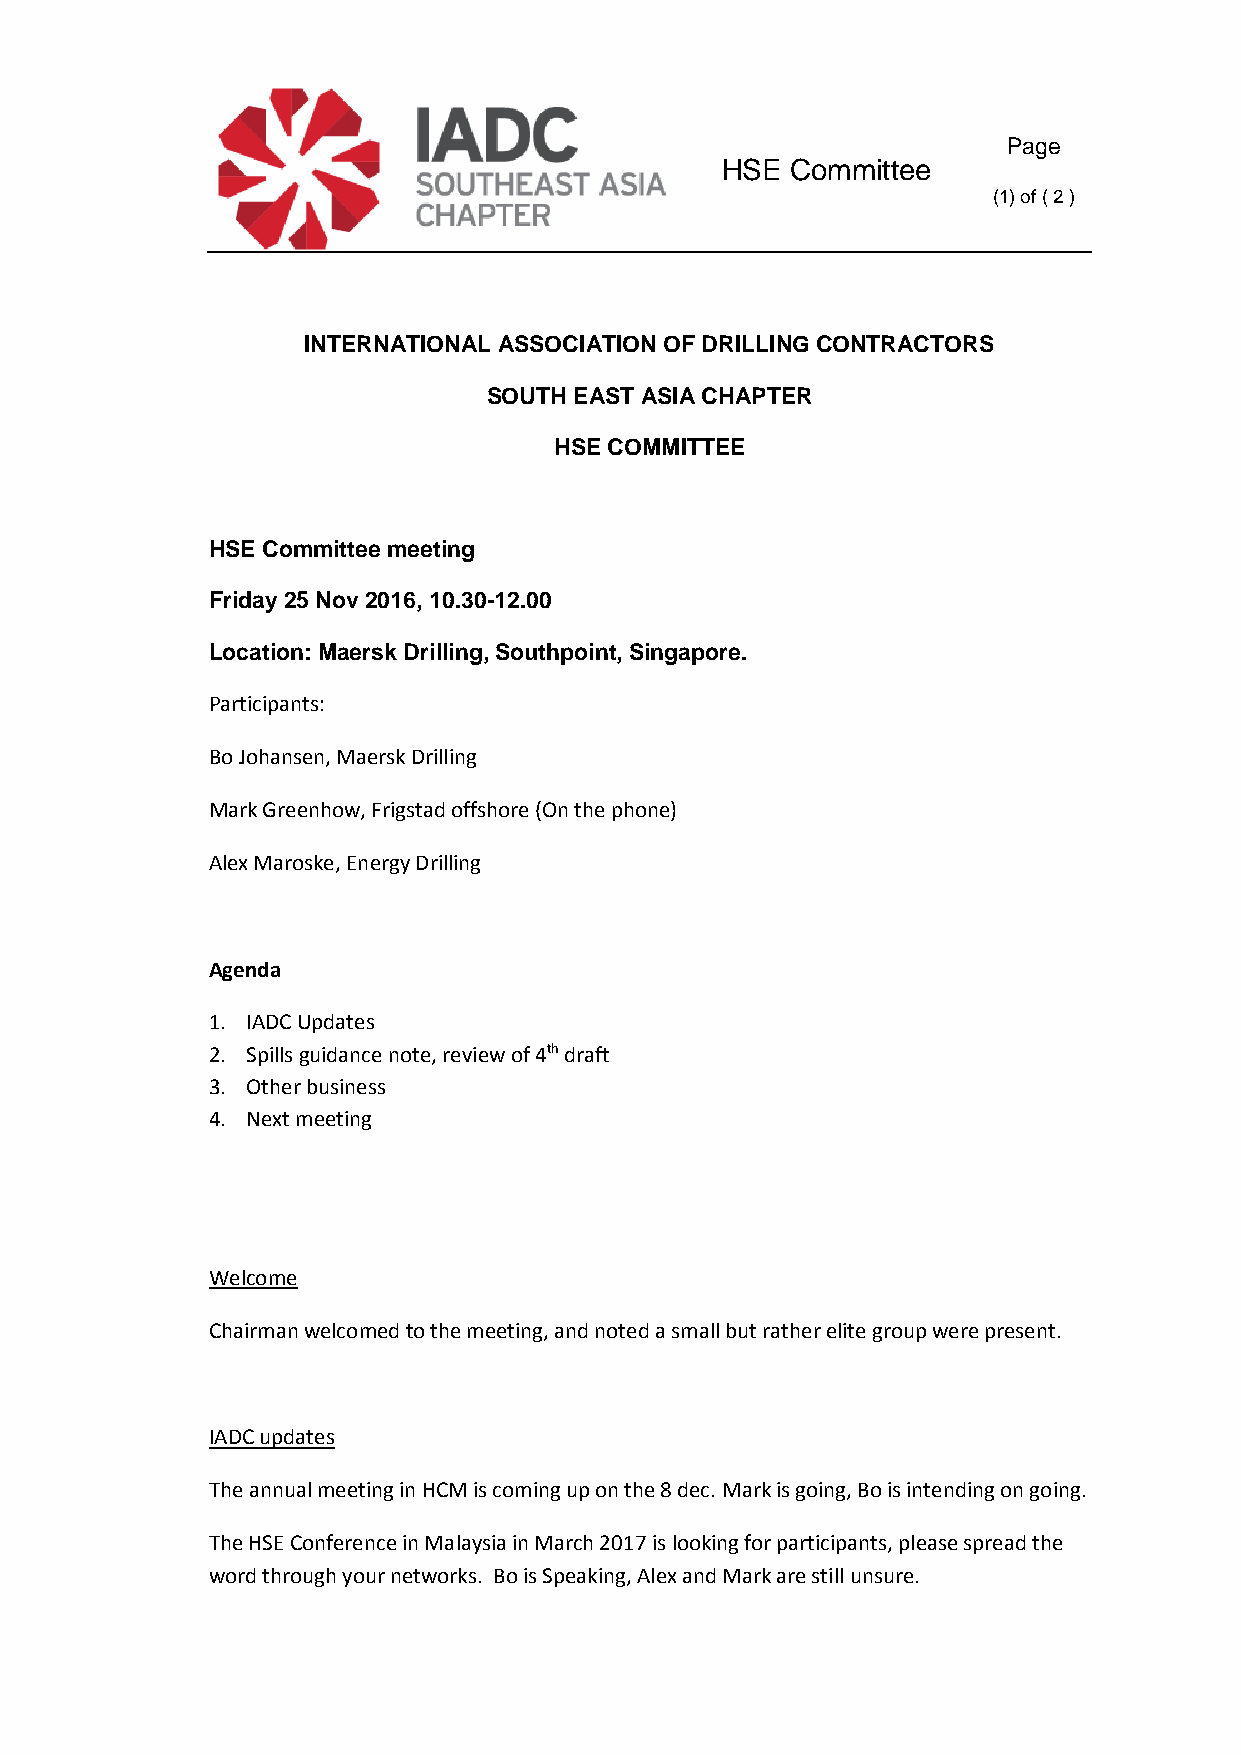
Page
 HSE Committee
 (1) of ( 2 )
 INTERNATIONAL ASSOCIATION OF DRILLING CONTRACTORS
 SOUTH EAST ASIA CHAPTER
 HSE COMMITTEE
 HSE Committee meeting
 Friday 25 Nov 2016, 10.30-12.00
 Location: Maersk Drilling, Southpoint, Singapore.
 Participants:
 Bo Johansen, Maersk Drilling
 Mark Greenhow, Frigstad offshore (On the phone)
 Alex Maroske, Energy Drilling
 Agenda
 1. IADC Updates
 2. Spills guidance note, review of 4th draft
 3. Other business
 4. Next meeting
 Welcome
 Chairman welcomed to the meeting, and noted a small but rather elite group were present.
 IADC updates
 The annual meeting in HCM is coming up on the 8 dec. Mark is going, Bo is intending on going.
 The HSE Conference in Malaysia in March 2017 is looking for participants, please spread the
 word through your networks. Bo is Speaking, Alex and Mark are still unsure.